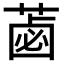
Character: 𦷕